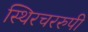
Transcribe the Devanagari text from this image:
स्थिरचररुपी